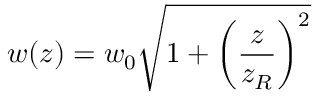
w ( z ) = w _ { 0 } \sqrt { 1 + \left( \frac { z } { z _ { R } } \right) ^ { 2 } }